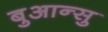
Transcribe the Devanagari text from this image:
बुआन्सु